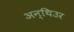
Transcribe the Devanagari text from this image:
अन्थिउर